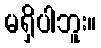
မရှိပါဘူး။